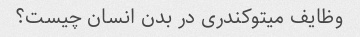
وظایف میتوکندری در بدن انسان چیست؟